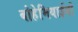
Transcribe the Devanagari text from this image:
बोहेमियाईयों